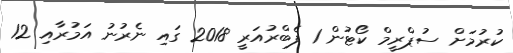
ކުރުމަށް ސުޕްރީމް ކޯޓުން 1 ފެބްރުއަރީ 2018 ގައި ނެރުނު އަމުރާއި 12